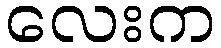
လေးက